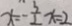
x = - \frac { 3 } { 2 } x = 2